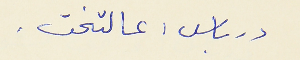
درباس : عالتخت .